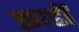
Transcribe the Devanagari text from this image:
झाडों